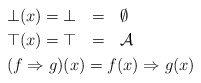
\begin{align*}& & \mbox{\;} \\& \bot(x) = \bot \ \ = \ \ \emptyset \\& \top(x) = \top \ \ = \ \ \mathcal{A} \\& (f \Rightarrow g)(x) = f(x)\Rightarrow g(x) \end{align*}